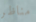
مناظر